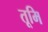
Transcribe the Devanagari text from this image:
तूमि